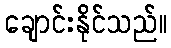
ချောင်းနိုင်သည်။